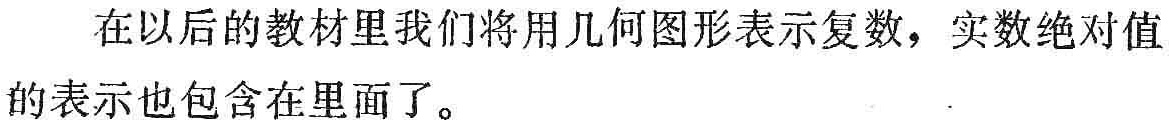
在以后的教材里我们将用几何图形表示复数，实数绝对值的表示也包含在里面了。